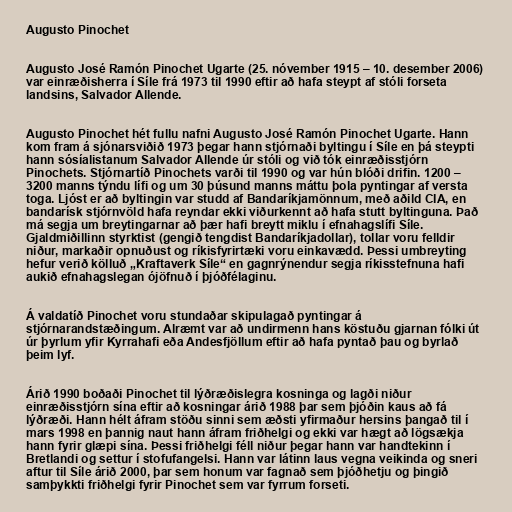
Augusto Pinochet

Augusto José Ramón Pinochet Ugarte (25. nóvember 1915 – 10. desember 2006)
var einræðisherra í Síle frá 1973 til 1990 eftir að hafa steypt af stóli forseta
landsins, Salvador Allende.

Augusto Pinochet hét fullu nafni Augusto José Ramón Pinochet Ugarte. Hann
kom fram á sjónarsviðið 1973 þegar hann stjórnaði byltingu í Síle en þá steypti
hann sósíalistanum Salvador Allende úr stóli og við tók einræðisstjórn
Pinochets. Stjórnartíð Pinochets varði til 1990 og var hún blóði drifin. 1200 –
3200 manns týndu lífi og um 30 þúsund manns máttu þola pyntingar af versta
toga. Ljóst er að byltingin var studd af Bandaríkjamönnum, með aðild CIA, en
bandarísk stjórnvöld hafa reyndar ekki viðurkennt að hafa stutt byltinguna. Það
má segja um breytingarnar að þær hafi breytt miklu í efnahagslífi Síle.
Gjaldmiðillinn styrktist (gengið tengdist Bandaríkjadollar), tollar voru felldir
niður, markaðir opnuðust og ríkisfyrirtæki voru einkavædd. Þessi umbreyting
hefur verið kölluð „Kraftaverk Síle“ en gagnrýnendur segja ríkisstefnuna hafi
aukið efnahagslegan ójöfnuð í þjóðfélaginu.

Á valdatíð Pinochet voru stundaðar skipulagað pyntingar á
stjórnarandstæðingum. Alræmt var að undirmenn hans köstuðu gjarnan fólki út
úr þyrlum yfir Kyrrahafi eða Andesfjöllum eftir að hafa pyntað þau og byrlað
þeim lyf.

Árið 1990 boðaði Pinochet til lýðræðislegra kosninga og lagði niður
einræðisstjórn sína eftir að kosningar árið 1988 þar sem þjóðin kaus að fá
lýðræði. Hann hélt áfram stöðu sinni sem æðsti yfirmaður hersins þangað til í
mars 1998 en þannig naut hann áfram friðhelgi og ekki var hægt að lögsækja
hann fyrir glæpi sína. Þessi friðhelgi féll niður þegar hann var handtekinn í
Bretlandi og settur í stofufangelsi. Hann var látinn laus vegna veikinda og sneri
aftur til Síle árið 2000, þar sem honum var fagnað sem þjóðhetju og þingið
samþykkti friðhelgi fyrir Pinochet sem var fyrrum forseti.